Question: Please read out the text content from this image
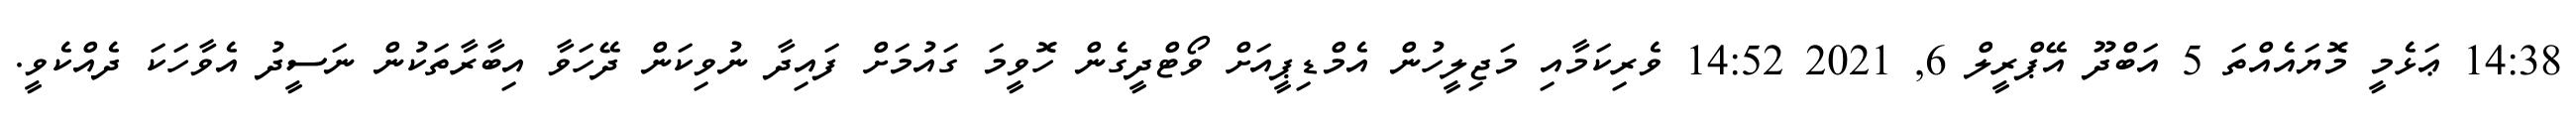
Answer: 14:38 ޢަޅެމީ މޮޔައެއްތަ 5 އަބްދޫ އޭޕްރީލް 6, 2021 14:52 ވެރިކަމާއި މަޖިލީހުން އެމްޑިޕީއަށް ވޯޓްދީގެން ހޮވީމަ ގައުމަށް ފައިދާ ނުވިކަން ދޭހަވާ އިބާރާތަކުން ނަސީދު އެވާހަކަ ދެއްކެވީ.